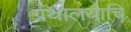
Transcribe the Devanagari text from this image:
ग्रंथालयाचि